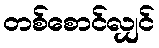
တစ်စောင်လျှင်